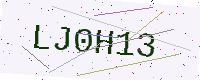
Text: LJ0H13